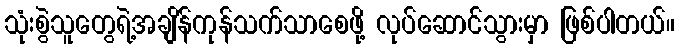
သုံးစွဲသူတွေရဲ့အချိန်ကုန်သက်သာစေဖို့ လုပ်ဆောင်သွားမှာ ဖြစ်ပါတယ်။